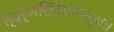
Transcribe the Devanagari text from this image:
स्वर्णसिंहासनस्थः।